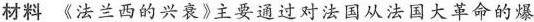
材料《法兰西的兴衰》主要通过对法国从法国大革命的爆